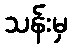
သန်းမှ